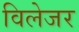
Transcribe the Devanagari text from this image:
विलेजर